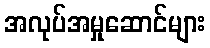
အလုပ်အမှုဆောင်များ